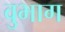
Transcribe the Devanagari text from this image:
वुभाग